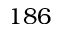
1 8 6